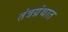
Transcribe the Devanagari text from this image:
तंत्रग्रंथात